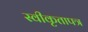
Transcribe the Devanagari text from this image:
स्वीकृतापत्र